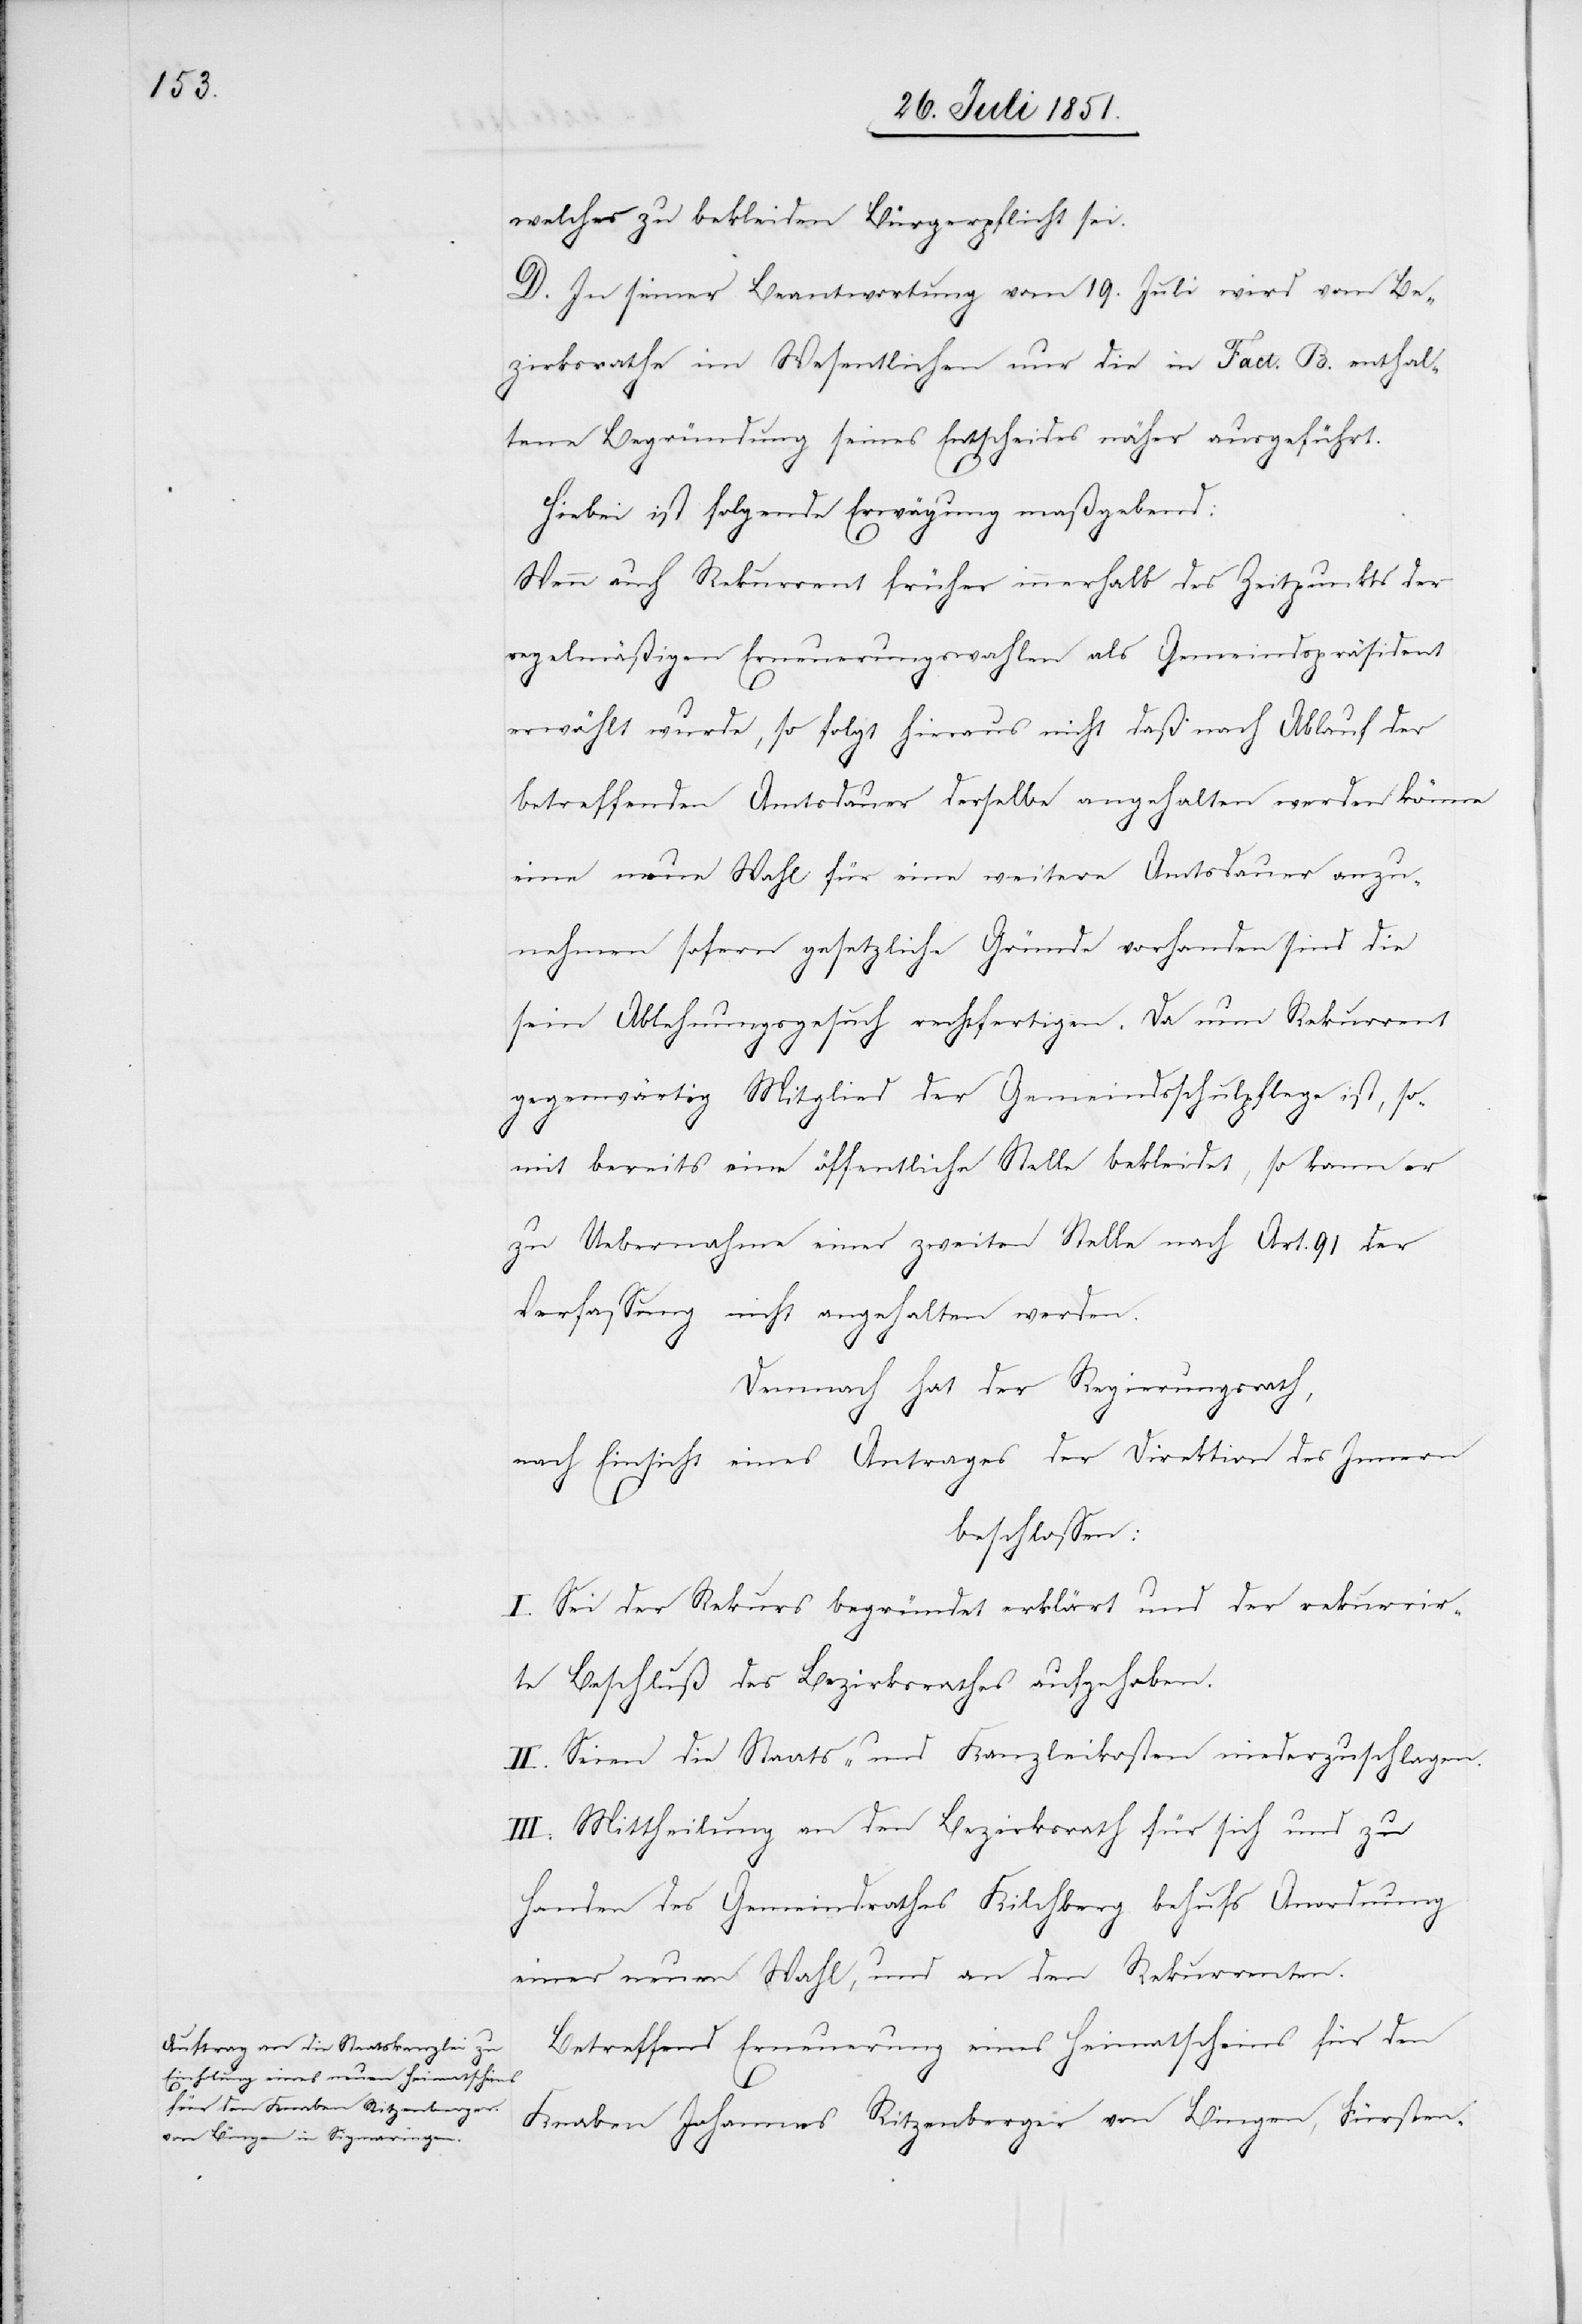
welches zu bekleiden Bürgerpflicht sei.
D. In seiner Beantwortung vom 19. Juli wird vom Be¬
zirksrathe im Wesentlichen nur die in Fact. B. enthal¬
tene Begründung seines Entscheides näher ausgeführt.
Hiebei ist folgende Erwägung maßgebend:
Wenn auch Rekurrent früher innerhalb des Zeitpunkts der
regelmäßigen Erneuerungswahlen als Gemeindspräsident
erwählt wurde, so folgt hieraus nicht daß nach Ablauf der
betreffenden Amtsdauer derselbe angehalten werden könne
eine neue Wahl für eine weitere Amtsdauer anzu¬
nehmen sofern gesetzliche Gründe vorhanden sind die
sein Ablehnungsgesuch rechtfertigen. Da nun Rekurrent
gegenwärtig Mitglied der Gemeindsschulpflege ist, so¬
mit bereits eine öffentliche Stelle bekleidet, so kann er
zu Uebernahme einer zweiten Stelle nach Art. 91 der
Verfassung nicht angehalten werden.
Demnach hat der Regierungsrath,
nach Einsicht eines Antrages der Direktion des Innern
beschlossen:
I. Sei der Rekurs begründet erklärt und der rekurrir¬
te Beschluß des Bezirksrathes aufgehoben.
II. Seien die Staats- und Kanzleikosten niederzuschlagen.
III. Mittheilung an den Bezirksrath für sich und zu
Handen des Gemeindrathes Kilchberg behufs Anordnung
einer neuen Wahl, und an den Rekurrenten.
Betreffend Erneuerung eines Heimatscheins für den
Knaben Johannes Ritzenberger von Bingen, Fürsten-